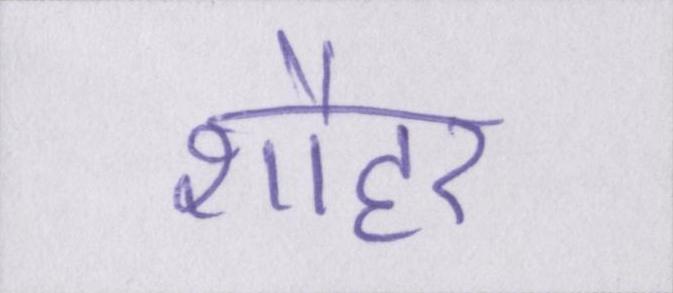
शौहर